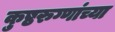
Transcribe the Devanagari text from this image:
कुष्ठरुग्णांच्या